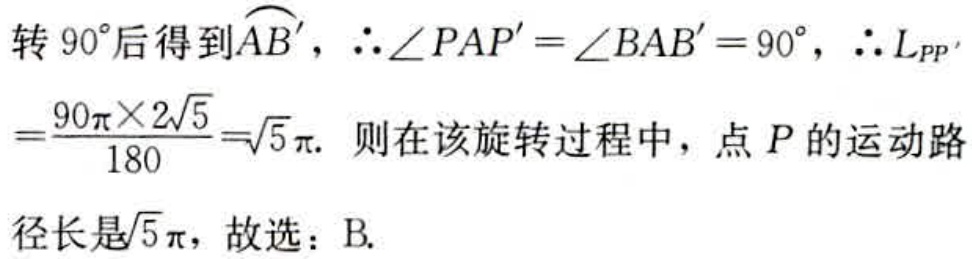
转 \(90^{\circ}\)后得到\(\overset{\frown}{AB'}\)，\(\therefore\angle PAP' = \angle BAB' = 90^{\circ}\)，\(\therefore L_{PP'}=\frac{90\pi\times2\sqrt{5}}{180}=\sqrt{5}\pi\). 则在该旋转过程中，点 \(P\) 的运动路径长是\(\sqrt{5}\pi\)，故选：B.